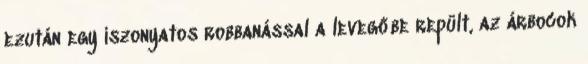
ezután egy iszonyatos robbanással a levegőbe repült, az árbocok